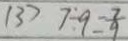
( 3 ) 7 \div 9 = \frac { 7 } { 9 }